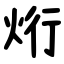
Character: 烆